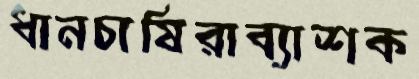
ধানচাষিরাব্যাশক